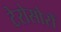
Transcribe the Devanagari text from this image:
टेरोसोरों